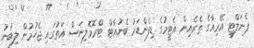
ޕެނަލްޓީ އޭރިއާގެ ތެރެއިން އެޓީމުގެ ޑިފެންޑަރު ބެނުއާޓް ޓްރޮމޮލިނަސް އަތުގައި ޖެހުމުން ލިބުނު